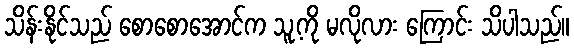
သိန်းနိုင်သည် စောစောအောင်က သူ့ကို မလိုလား ကြောင်း သိပါသည်။